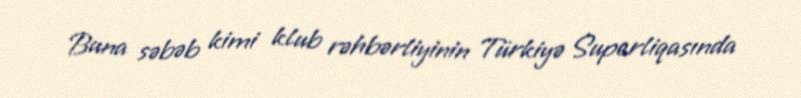
Buna səbəb kimi klub rəhbərliyinin Türkiyə Superliqasında